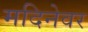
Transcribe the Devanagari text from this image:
मदिनेवर